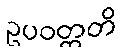
ဥပဝတ္တတိ